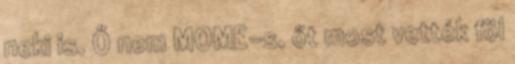
neki is. Ő nem MOME-s, őt most vették föl